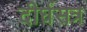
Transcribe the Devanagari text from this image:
दीर्घसत्र